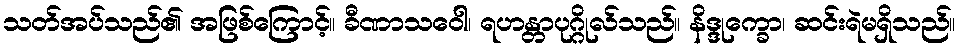
သတ်အပ်သည်၏ အဖြစ်ကြောင့်။ ခီဏာသဝေါ၊ ရဟန္တာပုဂ္ဂိုလ်သည်။ နိဒ္ဒုက္ခော၊ ဆင်းရဲမရှိသည်။